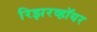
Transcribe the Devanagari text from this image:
रिझरव्हॉयर